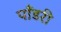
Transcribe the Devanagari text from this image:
पाँडरी